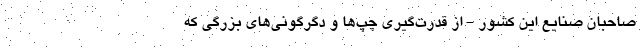
صاحبان صنایع این کشور - از قدرت‌گیری چپ‌ها و دگرگونی‌های بزرگی که